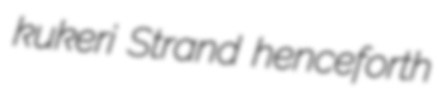
kukeri Strand henceforth